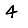
Digit: 4